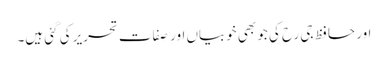
اور حافظ جی رح کی جو بھی خوبیاں اور صِفات تحریر کی گئی ہیں۔